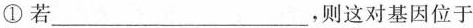
①若___，则这对基因位于